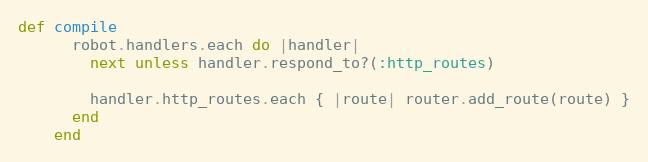
Language: Ruby
def compile
      robot.handlers.each do |handler|
        next unless handler.respond_to?(:http_routes)

        handler.http_routes.each { |route| router.add_route(route) }
      end
    end